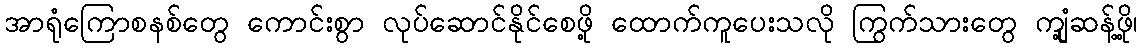
အာရုံကြောစနစ်တွေ ကောင်းစွာ လုပ်ဆောင်နိုင်စေဖို့ ထောက်ကူပေးသလို ကြွက်သားတွေ ကျုံ့ဆန့်ဖို့၊